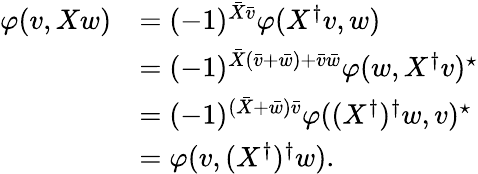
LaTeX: \begin{array}{rl}{\varphi(v,Xw)}&{=(-1)^{\bar{X}\bar{v}}\varphi(X^{\dagger}v,w)}\\ &{=(-1)^{\bar{X}(\bar{v}+\bar{w})+\bar{v}\bar{w}}\varphi(w,X^{\dagger}v)^{\star}}\\ &{=(-1)^{(\bar{X}+\bar{w})\bar{v}}\varphi((X^{\dagger})^{\dagger}w,v)^{\star}}\\ &{=\varphi(v,(X^{\dagger})^{\dagger}w).}\end{array}